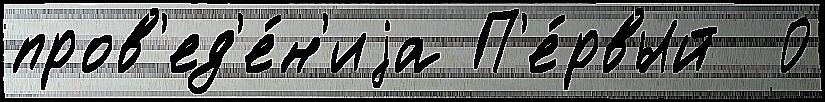
пров'ед'е́н'иjа П'е́рвый  0